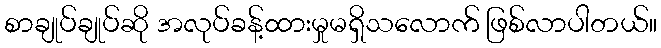
စာချုပ်ချုပ်ဆို အလုပ်ခန့်ထားမှုမရှိသလောက် ဖြစ်လာပါတယ်။